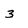
Character: 3